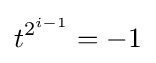
t^{2^{i-1}}=-1